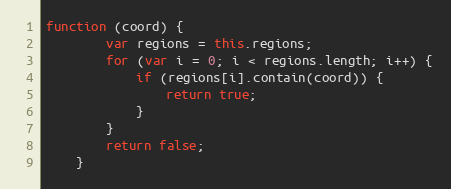
Language: JavaScript
function (coord) {
        var regions = this.regions;
        for (var i = 0; i < regions.length; i++) {
            if (regions[i].contain(coord)) {
                return true;
            }
        }
        return false;
    }